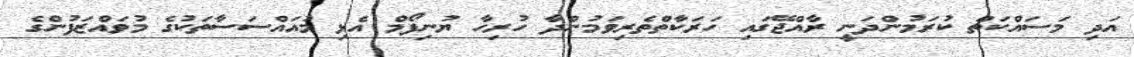
އަދި މަސައްކަތް ކުރަމުންދަނީ ރާއްޖޭގައި ހަރަކާތްތެރިވަމުންދާ ހުރިހާ ޔުނިފޯމް އެޅި މުއައްސަސާތަކުގެ މުވައްޒަފުންގެ